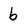
Character: b